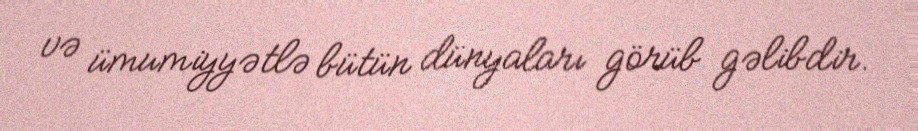
və ümumiyyətlə bütün dünyaları görüb gəlibdir.